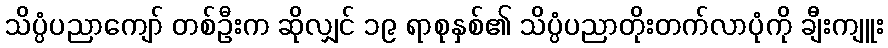
သိပ္ပံပညာကျော် တစ်ဦးက ဆိုလျှင် ၁၉ ရာစုနှစ်၏ သိပ္ပံပညာတိုးတက်လာပုံကို ချီးကျူး